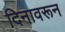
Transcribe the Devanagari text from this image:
दिनावरून